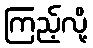
ကြည့်လို့